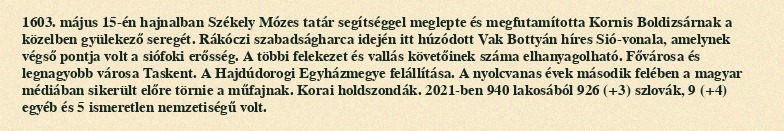
1603. május 15-én hajnalban Székely Mózes tatár segítséggel meglepte és megfutamította Kornis Boldizsárnak a közelben gyülekező seregét. Rákóczi szabadságharca idején itt húzódott Vak Bottyán híres Sió-vonala, amelynek végső pontja volt a siófoki erősség. A többi felekezet és vallás követőinek száma elhanyagolható. Fővárosa és legnagyobb városa Taskent. A Hajdúdorogi Egyházmegye felállítása. A nyolcvanas évek második felében a magyar médiában sikerült előre törnie a műfajnak. Korai holdszondák. 2021-ben 940 lakosából 926 (+3) szlovák, 9 (+4) egyéb és 5 ismeretlen nemzetiségű volt.